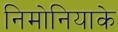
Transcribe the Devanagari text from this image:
निमोनियाके